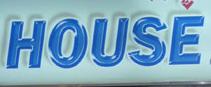
house